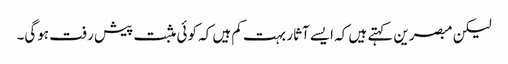
لیکن مبصرین کہتے ہیں کہ ایسے آثار بہت کم ہیں کہ کوئی مثبت پیش رفت ہوگی۔